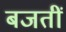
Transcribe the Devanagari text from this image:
बजतीं